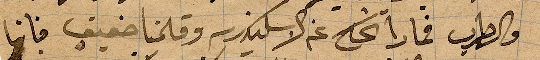
والطرب فماذا نحكي عن الإسكندرية وقلمنا ضعيف فانها